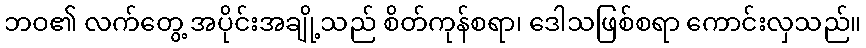
ဘဝ၏ လက်တွေ့ အပိုင်းအချို့သည် စိတ်ကုန်စရာ၊ ဒေါသဖြစ်စရာ ကောင်းလှသည်။